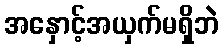
အနှောင့်အယှက်မရှိဘဲ